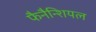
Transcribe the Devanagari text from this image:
फैनैन्शियल